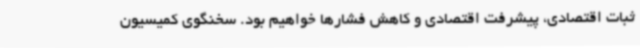
ثبات اقتصادی، پیشرفت اقتصادی و کاهش فشارها خواهیم بود. سخنگوی ‌کمیسیون